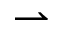
\rightharpoonup